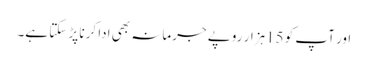
اور آپ کو 15ہزار روپے جرمانہ بھی ادا کرنا پڑ سکتا ہے۔